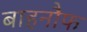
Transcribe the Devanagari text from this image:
बाहनौफ